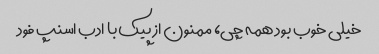
خیلی خوب بود همه چی، ممنون از پیک با ادب اسنپ فود